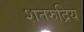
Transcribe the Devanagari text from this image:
शतरुद्रिय